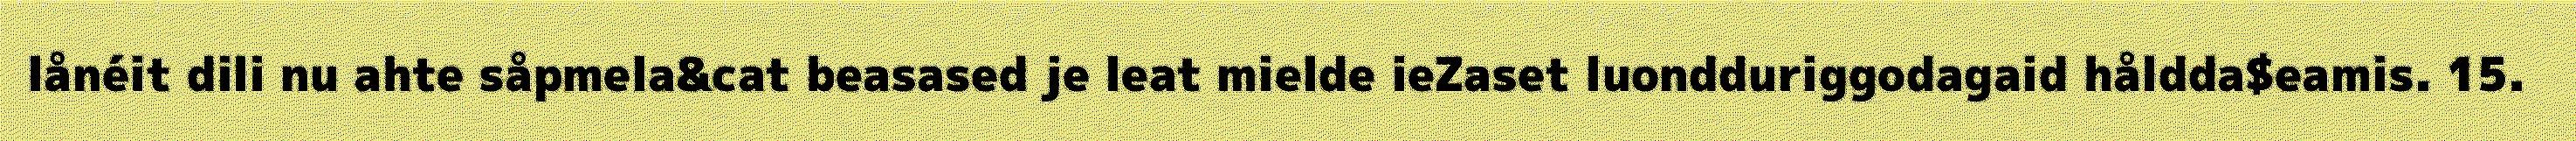
lånéit dili nu ahte såpmela&cat beasased je leat mielde ieZaset luondduriggodagaid håldda$eamis. 15.